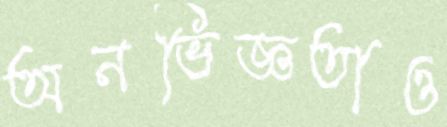
অনভিজ্ঞতাও